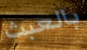
بالعبث